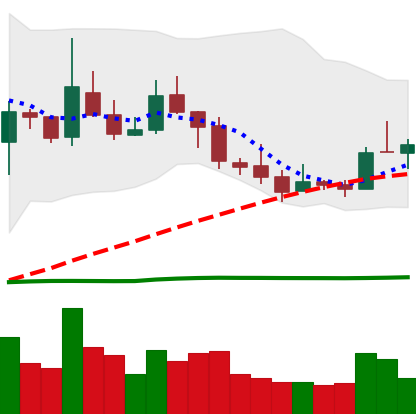
Ticker: TRX-USD
Chart end date: 2019-02-20
Forward return: -3.084%
Label: down_3_5